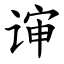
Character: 谉